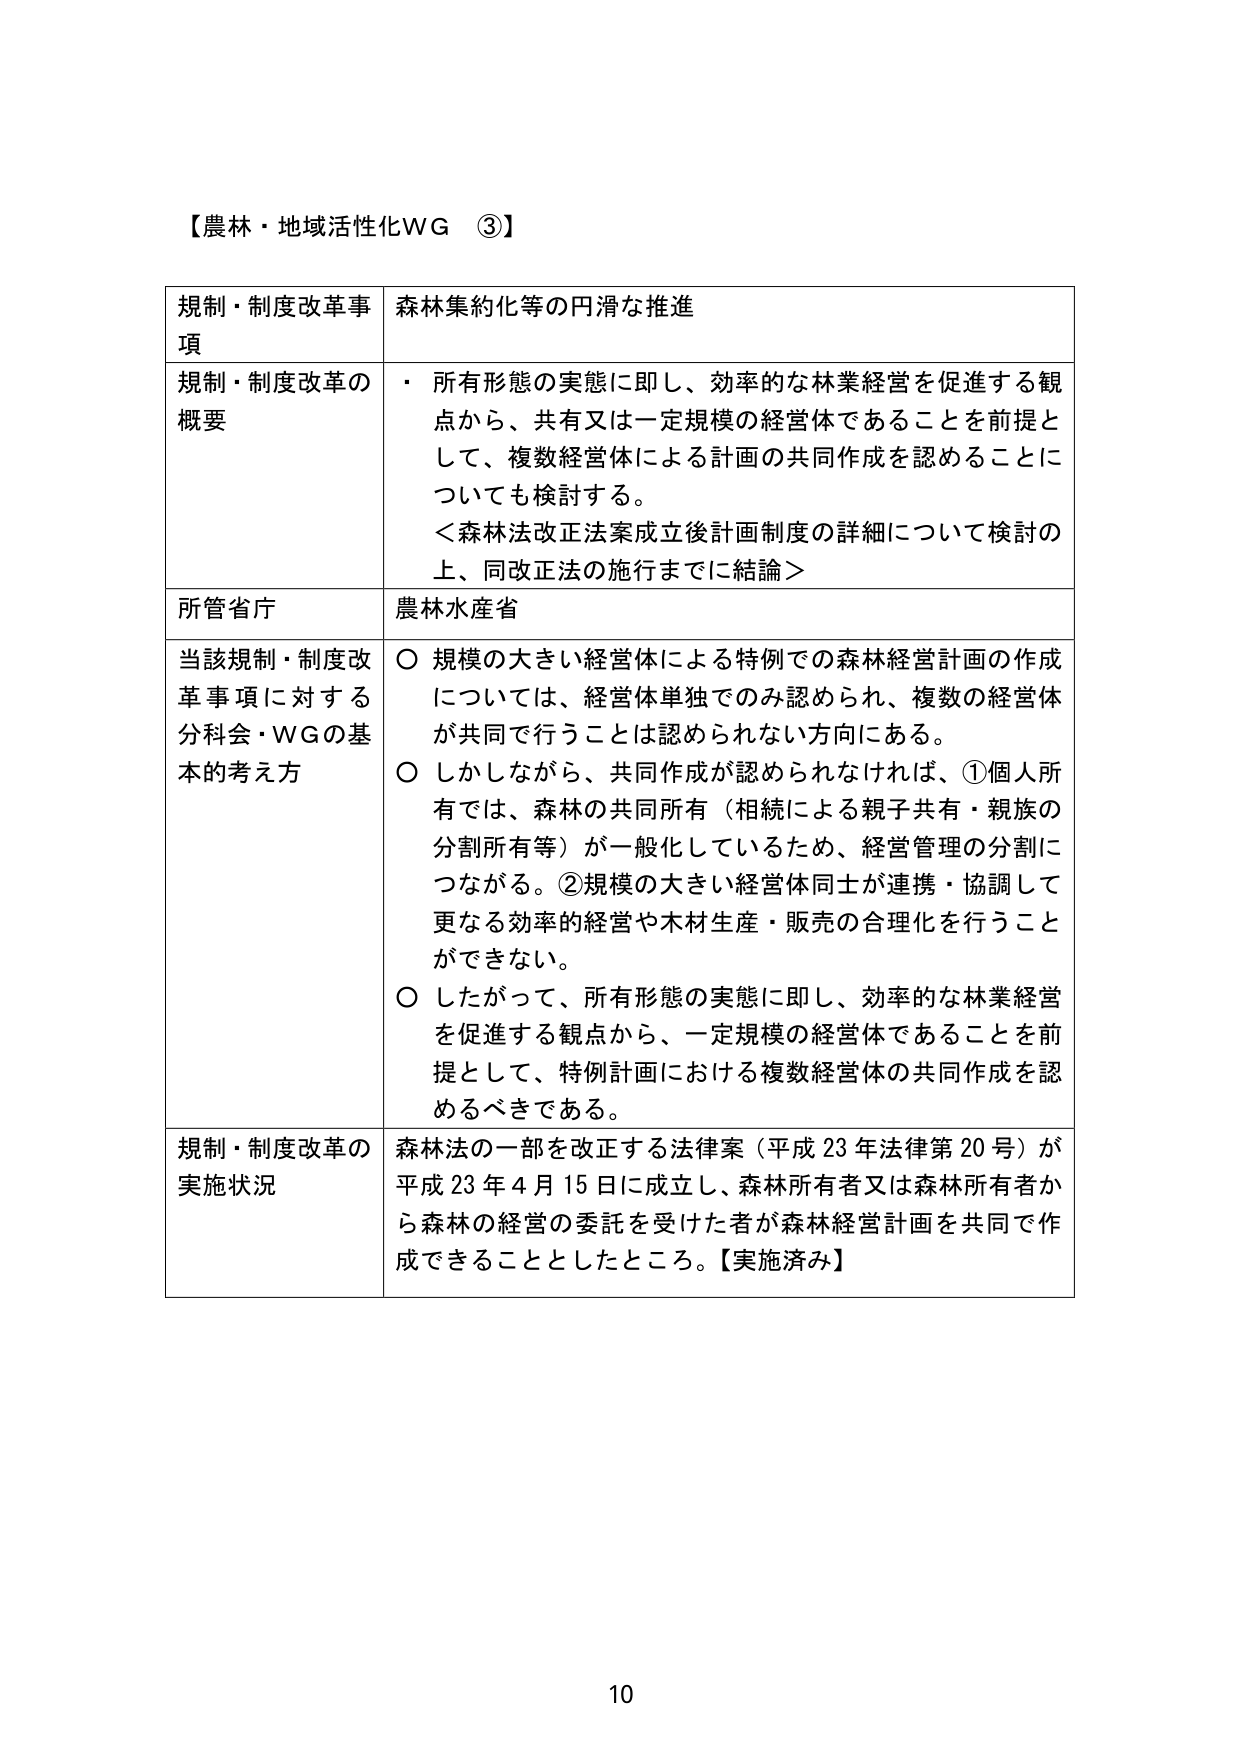
【農林・地域活性化WG ③】

規制・制度改革事項　森林集約化等の円滑な推進

規制・制度改革の概要
・ 所有形態の実態に即し、効率的な林業経営を促進する観点から、共有又は一定規模の経営体であることを前提として、複数経営体による計画の共同作成を認めることについても検討する。
＜森林法改正法案成立後計画制度の詳細について検討の上、同改正法の施行までに結論＞

所管省庁　農林水産省

当該規制・制度改革事項に対する分科会・WGの基本的考え方
○ 規模の大きい経営体による特例での森林経営計画の作成については、経営体単独でのみ認められ、複数の経営体が共同で行うことは認められない方向にある。
○ しかしながら、共同作成が認められなければ、①個人所有では、森林の共同所有（相続による親子共有・親族の分割所有等）が一般化しているため、経営管理の分割につながる。②規模の大きい経営体同士が連携・協調して更なる効率的経営や木材生産・販売の合理化を行うことができない。
○ したがって、所有形態の実態に即し、効率的な林業経営を促進する観点から、一定規模の経営体であることを前提として、特例計画における複数経営体の共同作成を認めるべきである。

規制・制度改革の実施状況　森林法の一部を改正する法律案（平成23年法律第20号）が平成23年4月15日に成立し、森林所有者又は森林所有者から森林の経営の委託を受けた者が森林経営計画を共同で作成できることとしたところ。【実施済み】

10